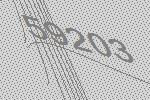
59203